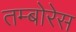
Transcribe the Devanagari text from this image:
तम्बोरेस